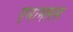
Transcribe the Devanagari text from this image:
एनामलस